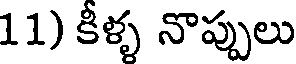
11) కీళ్ళ నొప్పులు